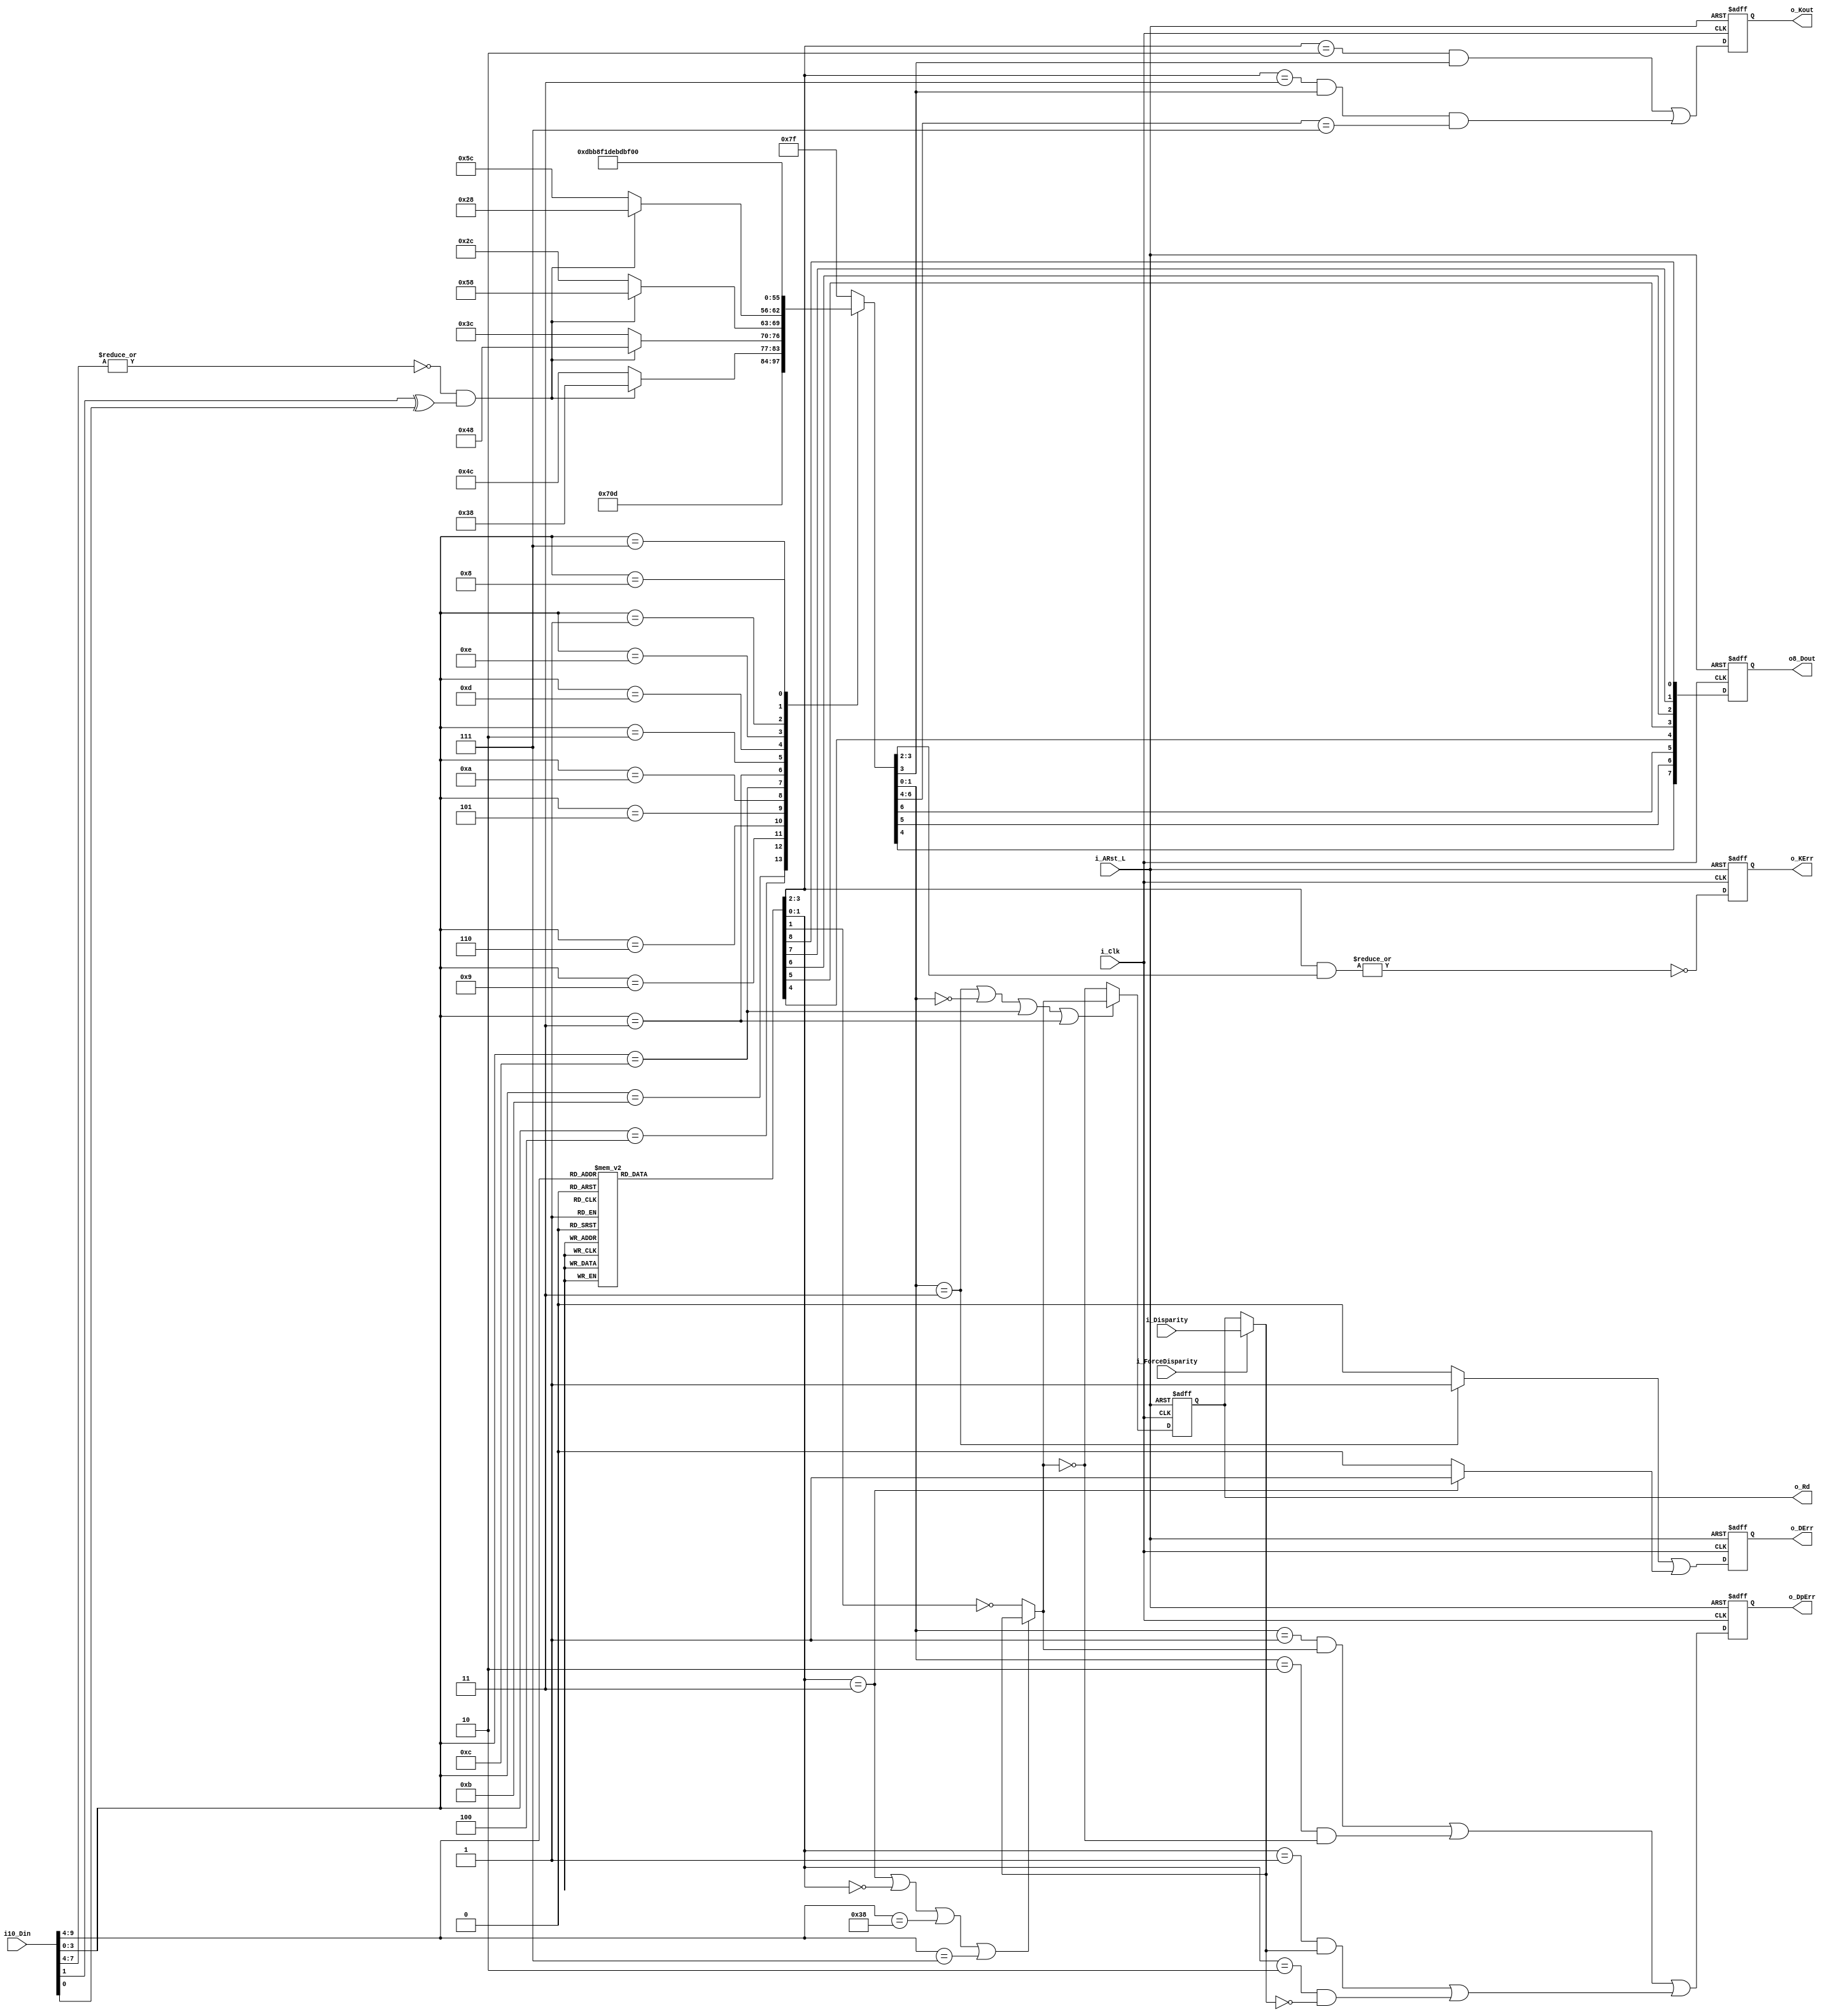
/*
Copyright  2012 JeffLieu-lieumychuong@gmail.com

	This file is part of SGMII-IP-Core.
    SGMII-IP-Core is free software: you can redistribute it and/or modify
    it under the terms of the GNU General Public License as published by
    the Free Software Foundation, either version 3 of the License, or
    (at your option) any later version.

    SGMII-IP-Core is distributed in the hope that it will be useful,
    but WITHOUT ANY WARRANTY; without even the implied warranty of
    MERCHANTABILITY or FITNESS FOR A PARTICULAR PURPOSE.  See the
    GNU General Public License for more details.

    You should have received a copy of the GNU General Public License
    along with SGMII-IP-Core.  If not, see <http://www.gnu.org/licenses/>.

File		:
Description	:	
Remarks		:	
Revision	:
	Date	Author		Description
02/09/12	Jefflieu
*/

module mDec8b10bMem(
	output 	reg [7:0] o8_Dout,		//HGFEDCBA
	output 	reg o_Kout,
	output 	reg o_DErr,
	output 	reg o_KErr,
	output 	reg o_DpErr,
	input 	i_ForceDisparity,
	input 	i_Disparity,		//1 Is negative, 0 is positive	
	input 	[9:0] i10_Din,	//abcdeifghj
	output 	o_Rd,	
	input i_Clk,
	input i_ARst_L);
	
	parameter pNEG = 2'b01;
	parameter pPOS = 2'b10;
	parameter pNEU = 2'b00;
	parameter pERR = 2'b11;
	parameter pD = 2'b01;
	parameter pK = 2'b10;
	parameter pDK = 2'b11;
	
	
	reg r_Disp;
	reg [8:0] w9_5bDecode;
	reg [6:0] w7_3bDecode;
	wire w_Disp,w_jDisp,w_iDisp;
	wire w_iDpErr,w_jDpErr;
	wire w_iDErr,w_jDErr;
	wire [7:0] w8_ABCDEFGH;	
	wire wa,wb,wc,wd,we,wi,wf,wg,wh,wj;
	wire w_K28;
	reg 	w_Kx;
	wire w_cdeihj;
	assign w_Disp = i_ForceDisparity?i_Disparity:r_Disp;
	assign {wa,wb,wc,wd,we,wi,wf,wg,wh,wj} = i10_Din;
		
	
	always@(*)
		case(i10_Din[9:4])
		6'b011000	: w9_5bDecode <= {5'b00000,pD,pPOS};
		6'b100111	: w9_5bDecode <= {5'b00000,pD,pNEG};
		6'b100010	: w9_5bDecode <= {5'b10000,pD,pPOS};
		6'b011101	: w9_5bDecode <= {5'b10000,pD,pNEG};
		6'b010010	: w9_5bDecode <= {5'b01000,pD,pPOS};
		6'b101101	: w9_5bDecode <= {5'b01000,pD,pNEG};
		6'b110001	: w9_5bDecode <= {5'b11000,pD,pNEU};
		6'b001010	: w9_5bDecode <= {5'b00100,pD,pPOS};
		6'b110101	: w9_5bDecode <= {5'b00100,pD,pNEG};
		6'b101001	: w9_5bDecode <= {5'b10100,pD,pNEU};
		6'b011001	: w9_5bDecode <= {5'b01100,pD,pNEU};		
		6'b111000	: w9_5bDecode <= {5'b11100,pD,pNEG};		
		6'b000111	: w9_5bDecode <= {5'b11100,pD,pPOS};		
		6'b000110	: w9_5bDecode <= {5'b00010,pD,pPOS};		
		6'b111001	: w9_5bDecode <= {5'b00010,pD,pNEG};		
		6'b100101	: w9_5bDecode <= {5'b10010,pD,pNEU};		
		6'b010101	: w9_5bDecode <= {5'b01010,pD,pNEU};		
		6'b110100	: w9_5bDecode <= {5'b11010,pD,pNEU};		
		6'b001101	: w9_5bDecode <= {5'b00110,pD,pNEU};		
		6'b101100	: w9_5bDecode <= {5'b10110,pD,pNEU};		
		6'b011100	: w9_5bDecode <= {5'b01110,pD,pNEU};		
		6'b101000	: w9_5bDecode <= {5'b11110,pD,pPOS};		
		6'b010111	: w9_5bDecode <= {5'b11110,pD,pNEG};	
		6'b011011	: w9_5bDecode <= {5'b00001,pD,pNEG};		
		6'b100100	: w9_5bDecode <= {5'b00001,pD,pPOS};	
		6'b100011	: w9_5bDecode <= {5'b10001,pD,pNEU};		
		6'b010011	: w9_5bDecode <= {5'b01001,pD,pNEU};		
		6'b110010	: w9_5bDecode <= {5'b11001,pD,pNEU};		
		6'b001011	: w9_5bDecode <= {5'b00101,pD,pNEU};		
		6'b101010	: w9_5bDecode <= {5'b10101,pD,pNEU};		
		6'b011010	: w9_5bDecode <= {5'b01101,pD,pNEU};		
		6'b111010	: w9_5bDecode <= {5'b11101,pDK,pNEG};		
		6'b000101	: w9_5bDecode <= {5'b11101,pDK,pPOS};		
		6'b001100	: w9_5bDecode <= {5'b00011,pD,pPOS};		
		6'b110011	: w9_5bDecode <= {5'b00011,pD,pNEG};	
		6'b100110	: w9_5bDecode <= {5'b10011,pD,pNEU};	
		6'b010110	: w9_5bDecode <= {5'b01011,pD,pNEU};	
		6'b110110	: w9_5bDecode <= {5'b11011,pDK,pNEG};	
		6'b001001	: w9_5bDecode <= {5'b11011,pDK,pPOS};	
		               
		6'b001110	: w9_5bDecode <= {5'b00111,pD,pNEU};	
		6'b001111	: w9_5bDecode <= {5'b00111,pK,pNEG};	
		6'b110000	: w9_5bDecode <= {5'b00111,pK,pPOS};	
		
		6'b101110	: w9_5bDecode <= {5'b10111,pDK,pNEG};	
		6'b010001	: w9_5bDecode <= {5'b10111,pDK,pPOS};	
		6'b011110	: w9_5bDecode <= {5'b01111,pDK,pNEG};	
		6'b100001	: w9_5bDecode <= {5'b01111,pDK,pPOS};	
		6'b101011	: w9_5bDecode <= {5'b11111,pDK,pNEG};	
		6'b010100	: w9_5bDecode <= {5'b11111,pDK,pPOS};	
		default 	: w9_5bDecode <= {5'b11111,pERR,pERR};			
		endcase

	
		
	assign w_iDpErr = 	(w9_5bDecode[1:0]==pNEG && w_Disp==1'b1) | (w9_5bDecode[1:0]==pPOS && w_Disp==1'b0);	
	assign w_iDErr	= (w9_5bDecode[1:0]==pERR)?1'b1:1'b0;
	assign w_iDisp 	= (w9_5bDecode[1:0]==pERR||w9_5bDecode[1:0]==pNEU||i10_Din[9:4]==6'b111000||i10_Din[9:4]==6'b000111)?w_Disp:~w9_5bDecode[1];
	
	assign w_jDpErr = 	(w7_3bDecode[1:0]==pNEG && w_iDisp==1'b1) | (w7_3bDecode[1:0]==pPOS && w_iDisp==1'b0);
	assign w_jDisp 	= (w7_3bDecode[1:0]==pERR||w7_3bDecode[1:0]==pNEU||i10_Din[3:0]==4'b1100||i10_Din[3:0]==4'b0011)?w_iDisp:~w_iDisp;
	assign w_jDErr	= (w7_3bDecode[1:0]==pERR)?1'b1:1'b0;
	assign w_cdeihj = (~(|{wc,wd,we,wi}))&(wh^wj);
	always@(*)
		case(i10_Din[3:0])
		4'b0100	:	w7_3bDecode <= {3'b000,pDK,pPOS};
		4'b1011	:	w7_3bDecode <= {3'b000,pDK,pNEG};
		4'b1001	:	if(w_cdeihj)
						w7_3bDecode <= {3'b011,pK,pNEU};
					else 
						w7_3bDecode <= {3'b100,pDK,pNEU};
		4'b0110	: 	if(w_cdeihj)
						w7_3bDecode <= {3'b100,pK,pNEU};
					else
						w7_3bDecode <= {3'b011,pDK,pNEU};
		4'b0101	:	if(w_cdeihj) 
						w7_3bDecode <= {3'b101,pK,pNEU};
					else	
						w7_3bDecode <= {3'b010,pDK,pNEU};
		4'b1010	:	if(w_cdeihj)
						w7_3bDecode <= {3'b010,pK,pNEU};
					else 
						w7_3bDecode <= {3'b101,pDK,pNEU};
		4'b1100	:	w7_3bDecode <= {3'b110,pDK,pNEG};
		4'b0011	:	w7_3bDecode <= {3'b110,pDK,pPOS};
		4'b0010	:	w7_3bDecode <= {3'b001,pDK,pPOS};
		4'b1101	:	w7_3bDecode <= {3'b001,pDK,pNEG};
		//4'b1010	:	
		//4'b0101	:	
		//4'b0110	:	
		//4'b1001	:	
		4'b1110	:	w7_3bDecode <= {3'b111,pD,pNEG};
		4'b0001	:	w7_3bDecode <= {3'b111,pD,pPOS};
		4'b0111	:	w7_3bDecode <= {3'b111,pDK,pNEG};
		4'b1000	:	w7_3bDecode <= {3'b111,pDK,pPOS};
		default : 	w7_3bDecode <= {3'b111,pERR,pERR};
		endcase
	
	assign w8_ABCDEFGH = {w9_5bDecode[8:4],w7_3bDecode[6:4]};
	
	integer I;
	always@(posedge i_Clk or negedge i_ARst_L)
	if(~i_ARst_L)
		begin 
			o_DErr 	<= 1'b1;
			o_DpErr	<= 1'b0;
			o_KErr 	<= 1'b0;
			o_Kout	<= 1'b0;
			o8_Dout <= 8'h0;
			r_Disp <= 1'b0;
		end 
	else 
		begin 
			o_DErr 	<= w_jDErr|w_iDErr;
		    o_DpErr <= w_jDpErr|w_iDpErr;
		    o_KErr	<= ~(|(w9_5bDecode[3:2]&w7_3bDecode[3:2])); 
		    o_Kout	<= ((w9_5bDecode[3:2]==pK)&(w7_3bDecode[3]))|((w9_5bDecode[3:2]==pDK)&(w7_3bDecode[3])&(w7_3bDecode[6:4]==3'b111)); 
			r_Disp 	<= w_jDisp;
		    for(I=0;I<8;I=I+1)
				o8_Dout[7-I] <= w8_ABCDEFGH[I];
		end 
	assign o_Rd = r_Disp;
	
endmodule